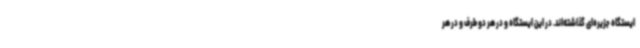
ایستگاه جزیره‌ای گذاشته‌اند. در این ایستگاه و در هر دو طرف و در هر